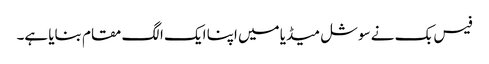
فیس بک نے سوشل میڈیا میں اپنا ایک الگ مقام بنایا ہے۔